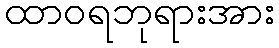
ထာဝရဘုရားအား